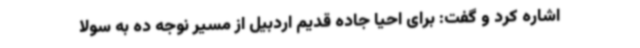
اشاره کرد و گفت: برای احیا جاده قدیم اردبیل از مسیر نوجه ده به سولا